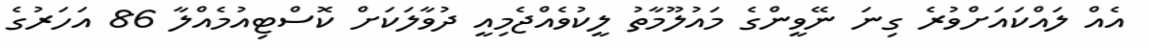
އެއް ލައްކައަށްވުރެ ގިނަ ނޭވީންގެ މައުލޫމާތު ލީކުވެއްޖެމިއީ ދުވާލަކަށް ކޮސްޓިއުމެއްލާ 86 އަހަރުގެ